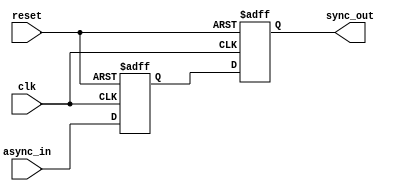
module dual_ff_synchronizer (
    input wire async_in,      // Asynchronous input signal
    input wire clk,           // Clock input
    input wire reset,         // Reset signal (optional)
    output reg sync_out       // Synchronized output
);

    // Intermediate signal for the first flip-flop
    reg intermediate_sync;

    // First flip-flop (FF1)
    always @(posedge clk or posedge reset) begin
        if (reset) begin
            intermediate_sync <= 1'b0; // Reset state
        end else begin
            intermediate_sync <= async_in; // Capture async input
        end
    end

    // Second flip-flop (FF2)
    always @(posedge clk or posedge reset) begin
        if (reset) begin
            sync_out <= 1'b0; // Reset state
        end else begin
            sync_out <= intermediate_sync; // Capture intermediate signal
        end
    end

endmodule